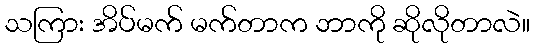
သကြား အိပ်မက် မက်တာက ဘာကို ဆိုလိုတာလဲ။